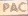
PAC